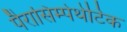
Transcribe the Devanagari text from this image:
पैरासिम्पेथेटिक